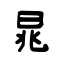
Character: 晁